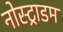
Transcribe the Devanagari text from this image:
नोस्ट्राडम